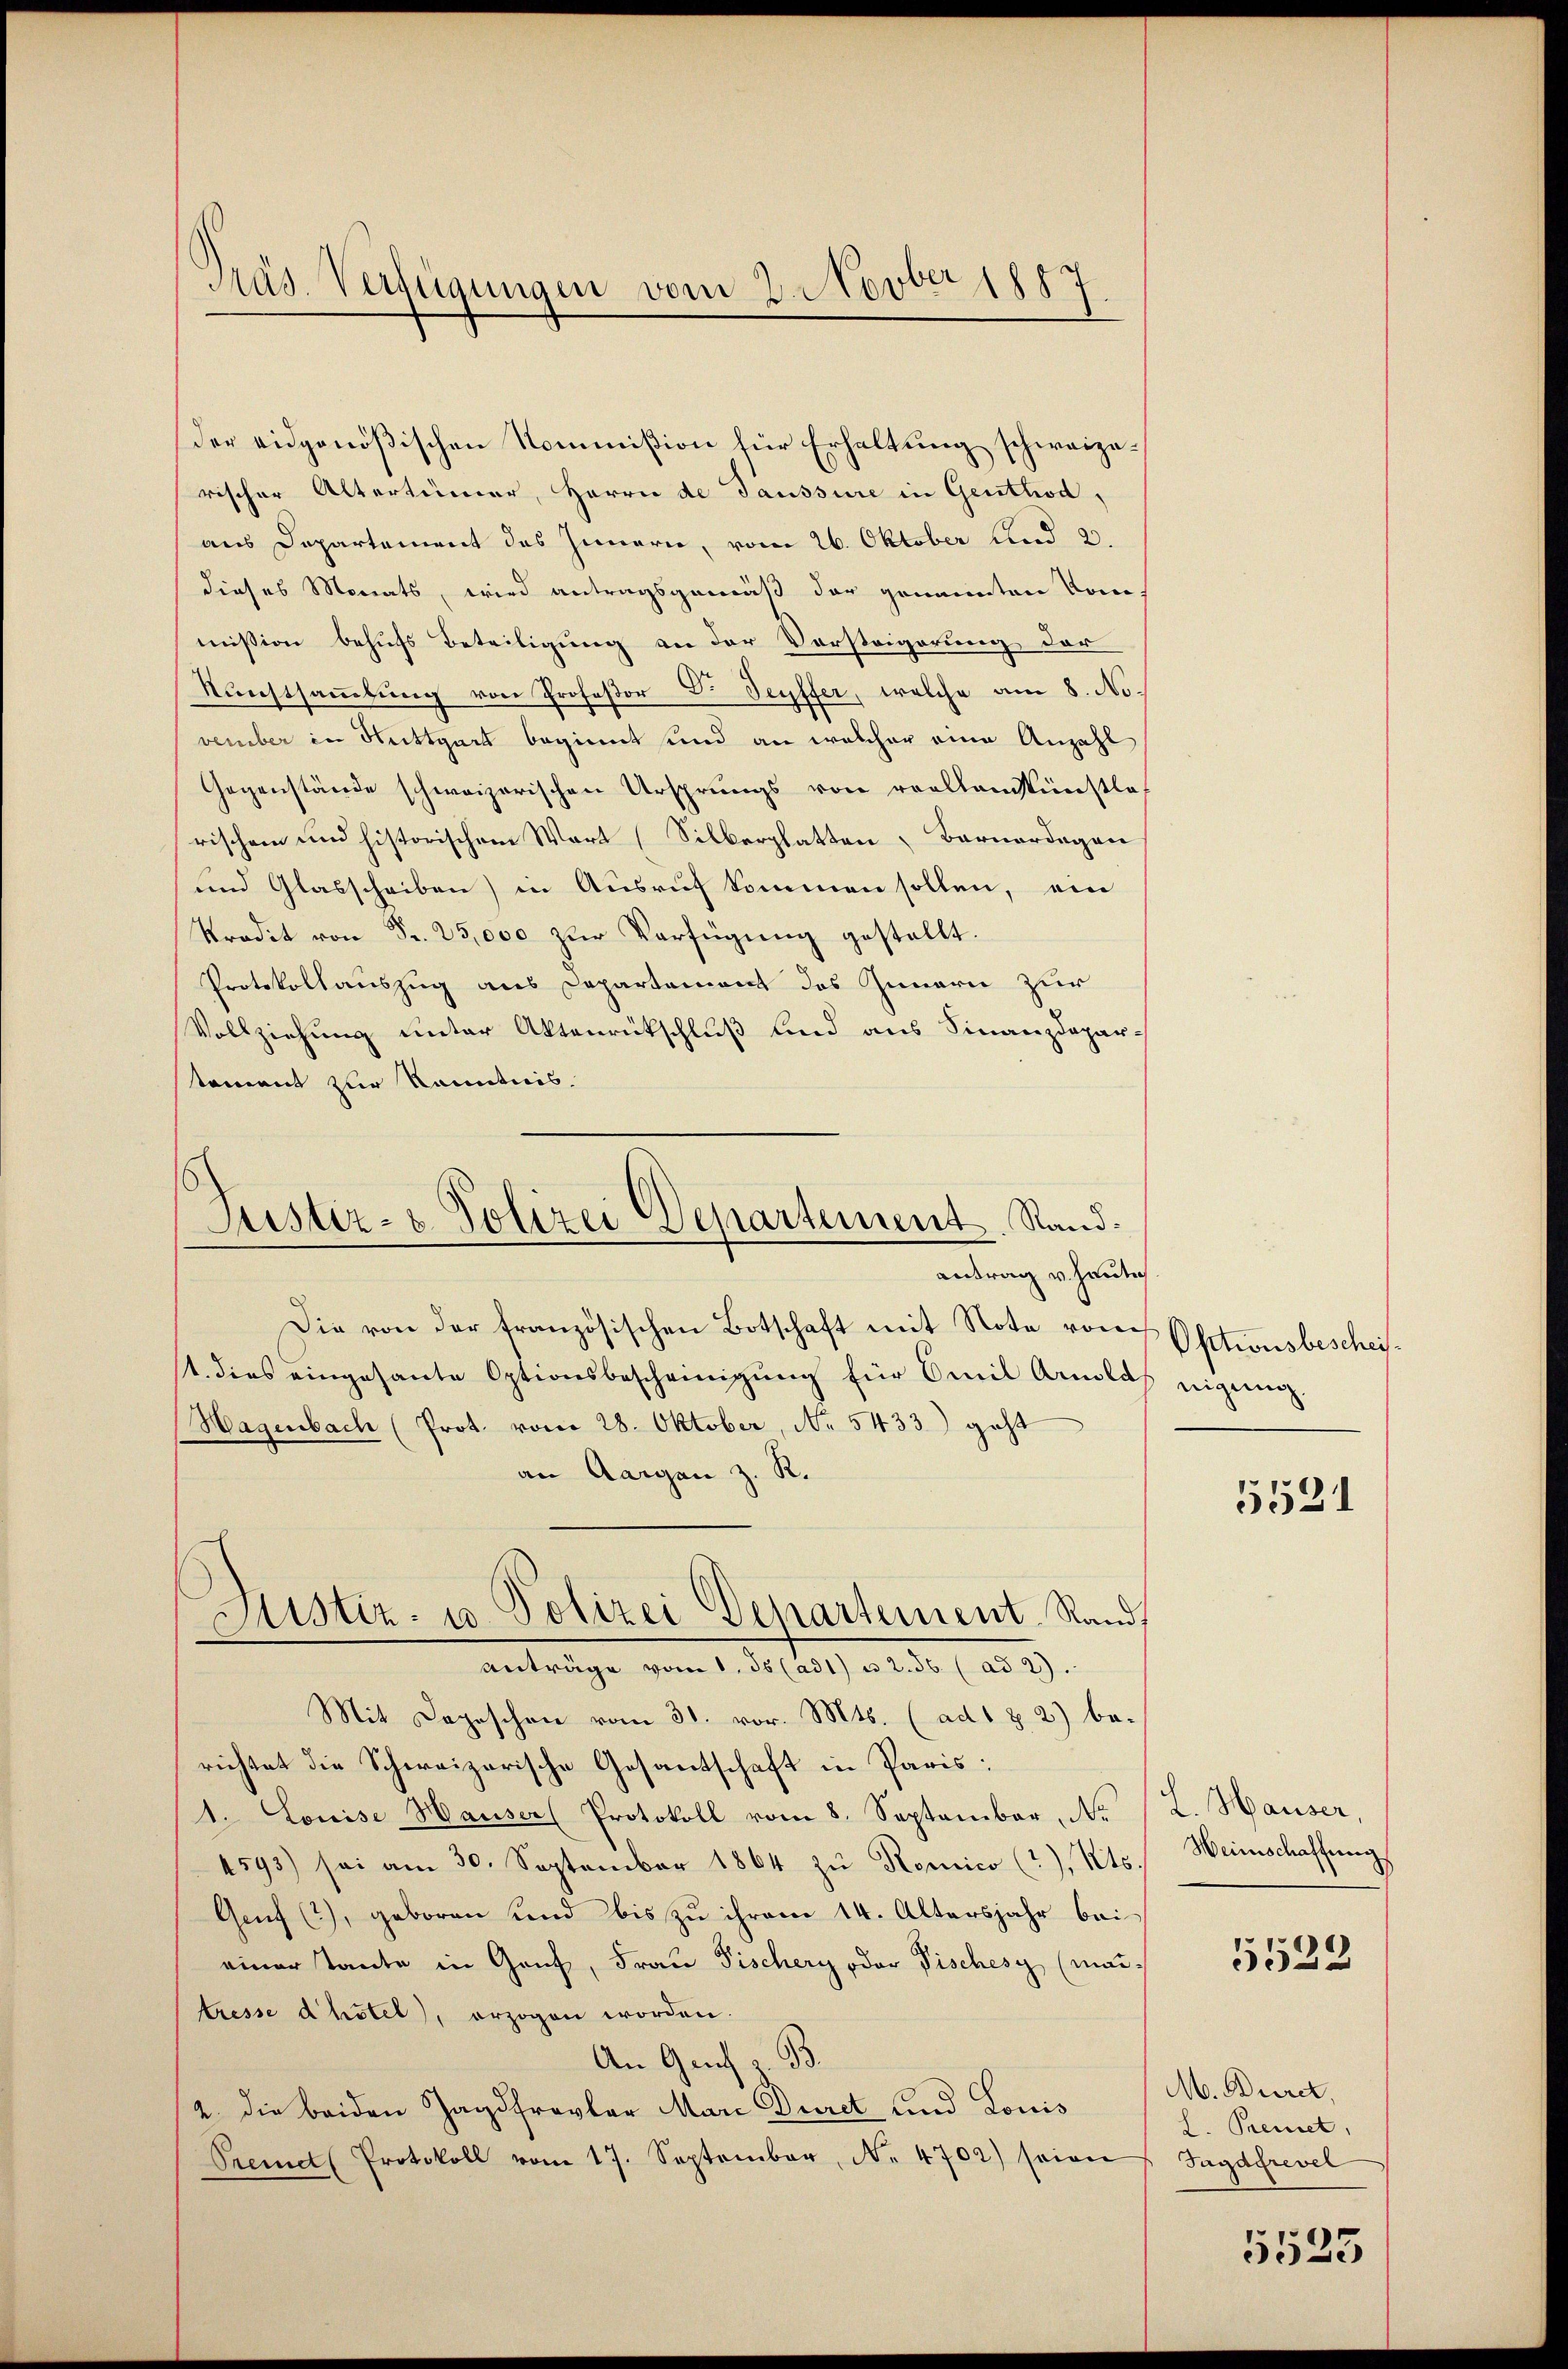
der eidgenößischen Kommißion für Erhaltung schweizerischer Altertümer, Herrn de Taussure in Genthod,
aus Departement des Innern, vom 26. Oktober und 2.
dieses Monats, wird antragsgemäß der genannten Tone
mission behufs Beteiligung an der Vorsteigerung der
Kunstsammlung von Professor Dr. Seyffer, welche am 8. November in Stuttgart beginnt und an welcher eine Anzahl
Gegenstände schweizerischen Ursprungs von evollenskünstlos
rischen und historischem Wort (Silberglatten, Barnardegan
und Glasscheiben) in Ausruf kommen sollen, ein
Kradit von Fr. 25,000 zŭr Verfügung gestellt.
Protokollauszug aus Departement des Innern zur
Vollziehung unter Aktenrückschluß und aus Finanzdeparstament zur Kenntnis.

Präs. Verfügungen vom 2. Novber 1887.

Justiz- & Polizei Departement. Sandantrag v. Heute.

Sistiz- u. Polizei Departement. Rand,
anträge vom 1. 55 (ad1) u. 2. 56 (ad 2.

Die von der französischen Botschaft mit Note von Optionsbescheist. dies eingesante Optionsbescheinigŭng für Emil Arnolds eignung.
Hagenbach (Prot. vom 28. Oktober, No 5433) geht
an Aargau z. R.
Mit Depeschen vom 31. vor. Mts. (ad 1 & 2) be-
richtet die Schweizerische Gesantschaft in Paris:
1. Louise Hauser (Protokoll vom 8. September, No (L. Hauser
4593) sei am 30. September 1864 zŭ Romico (?), Kts.
Genf (?), geboren und bis zu ihrem 14. Altersjahr bei
einer Tante in Genf, Frau Fischery oder Fischesy (mai-
tresse dhotel), erzogen worden.
An Genf z. B.
2. die beiden Jagdfrevler Mari Duret und Louis
Premet Protokoll vom 17. September, No. 4702) seien

5521

Weinschaffung

5522

M. Burck,
L. Premet,
Jagdfrevel

5525